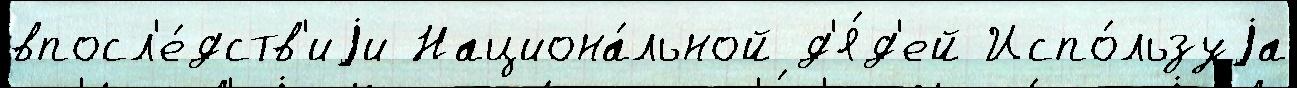
впосл'е́дств'иjи Национа́льной д'я́д'ей Испо́льзуjа